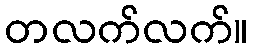
တလက်လက်။